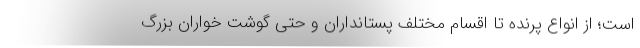
است؛ از انواع پرنده تا اقسام مختلف پستانداران و حتی گوشت خواران بزرگ